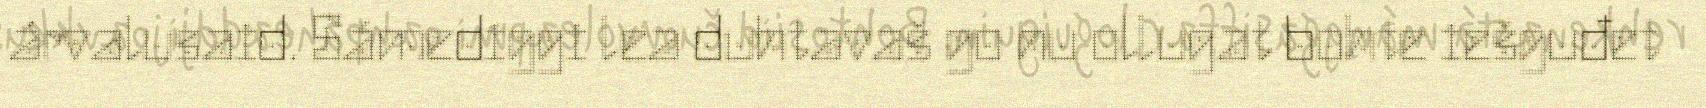
árvalusaid. Sámediggi lea duhtavaš go nu ollugat bohte iešguđet